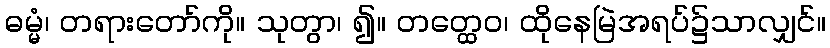
ဓမ္မံ၊ တရားတော်ကို။ သုတွာ၊ ၍။ တတ္ထေဝ၊ ထိုနေမြဲအရပ်၌သာလျှင်။